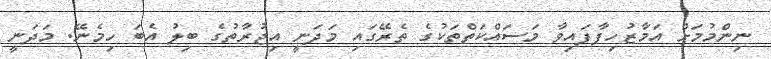
ނިންމުމަށް އަމާޒުހިފާފައިވާ މަސައްކަތްތަކުގެ ތެރޭގައި މަދަނީ އިޖުރާތުގެ ބިލު އެބަ ހިމެނޭ. މަދަނީ